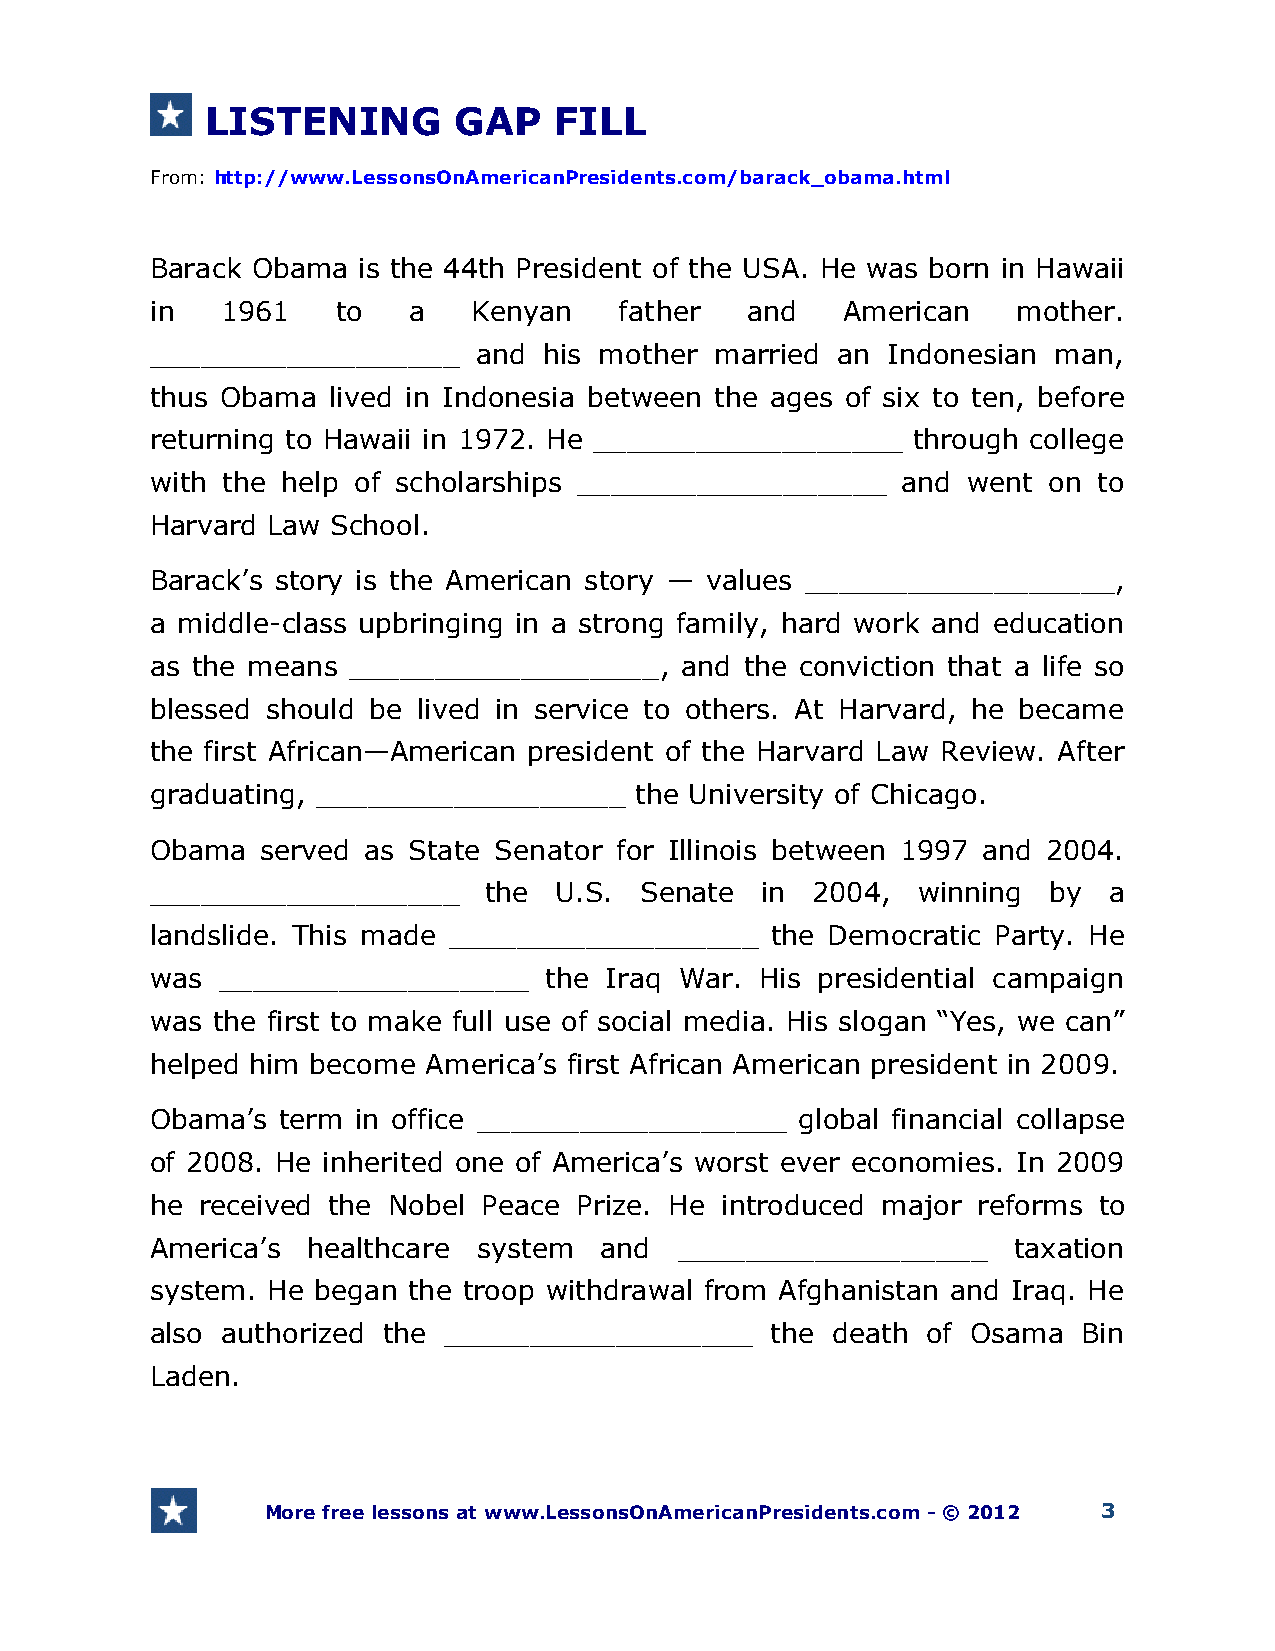
LISTENING       GAP    FILL
 From: http://www.LessonsOnAmericanPresidents.com/barack_obama.html
 Barack Obama  is the 44th President of the USA. He was born in Hawaii
 in   1961   to   a   Kenyan    father  and    American   mother.
 __________________    and his mother married an  Indonesian man,
 thus Obama  lived in Indonesia between the ages of six to ten, before
 returning to Hawaii in 1972. He __________________ through college
 with the help of scholarships __________________  and went on  to
 Harvard Law School.
 Barack’s story is the American story — values __________________,
 a middle-class upbringing in a strong family, hard work and education
 as the means __________________,   and the conviction that a life so
 blessed should be lived in service to others. At Harvard, he became
 the first African—American president of the Harvard Law Review. After
 graduating, __________________  the University of Chicago.
 Obama  served as State Senator for Illinois between 1997 and 2004.
 __________________    the  U.S. Senate  in  2004,  winning by  a
 landslide. This made __________________  the Democratic Party. He
 was __________________    the Iraq War. His presidential campaign
 was the first to make full use of social media. His slogan “Yes, we can”
 helped him become America’s first African American president in 2009.
 Obama’s  term in office __________________ global financial collapse
 of 2008. He inherited one of America’s worst ever economies. In 2009
 he received the Nobel Peace Prize. He introduced major reforms to
 America’s healthcare  system  and  __________________    taxation
 system. He began the troop withdrawal from Afghanistan and Iraq. He
 also authorized the __________________   the death of Osama   Bin
 Laden.
 More free lessons at www.LessonsOnAmericanPresidents.com - © 2012 3